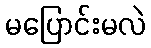
မပြောင်းမလဲ